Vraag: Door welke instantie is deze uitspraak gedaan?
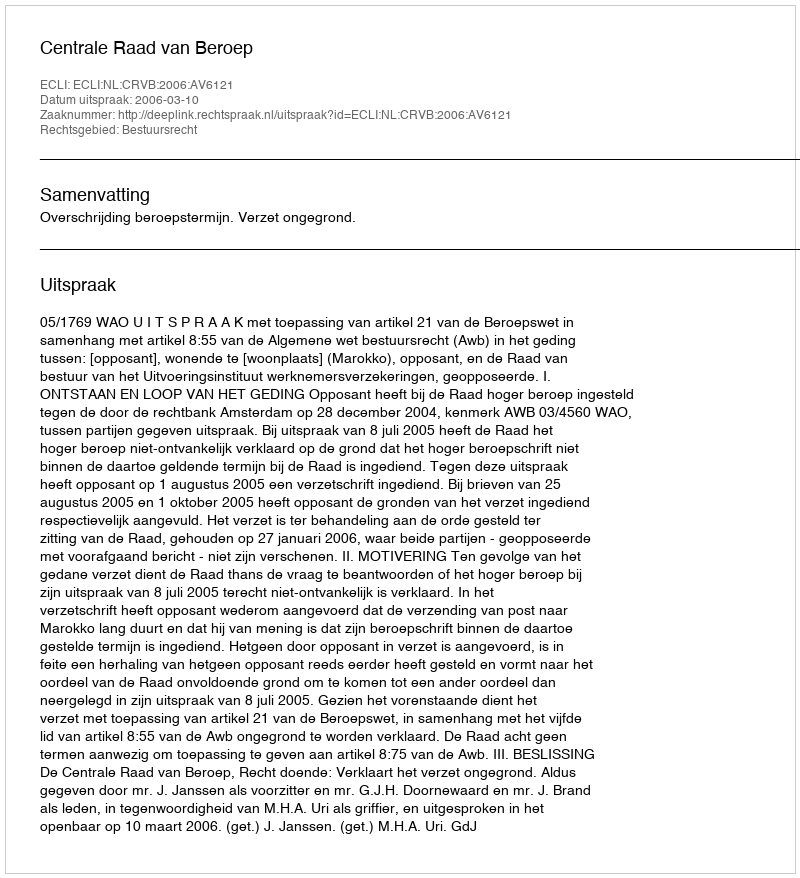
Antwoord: Centrale Raad van Beroep